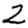
Digit: 2